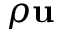
\rho \mathbf { u }